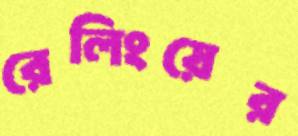
রেলিংয়ের